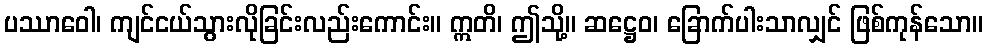
ပဿာဝေါ၊ ကျင်ငယ်သွားလိုခြင်းလည်းကောင်း။ ဣတိ၊ ဤသို့။ ဆဋ္ဌေဝ၊ ခြောက်ပါးသာလျှင် ဖြစ်ကုန်သော။